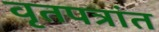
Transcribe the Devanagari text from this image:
वृतपत्रांत